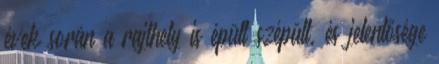
évek során a rajthely is épült szépült, és jelentősége